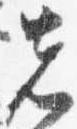
先